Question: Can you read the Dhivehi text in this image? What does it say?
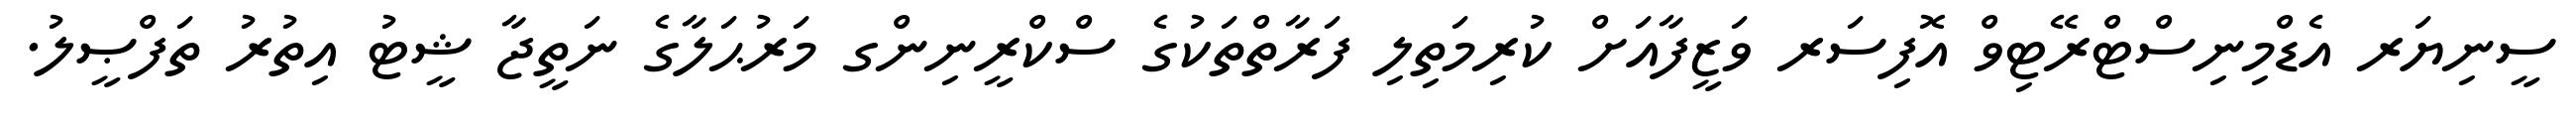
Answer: ސީނިޔަރ އެޑްމިނިސްޓްރޭޓިވް އޮފިސަރ ވަޒީފާއަށް ކުރިމަތިލި ފަރާތްތަކުގެ ސްކްރީނިންގ މަރުޙަލާގެ ނަތީޖާ ޝީޓު އިތުރު ތަފްޞީލު.